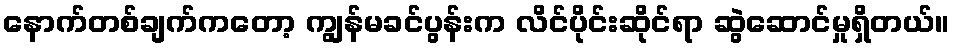
နောက်တစ်ချက်ကတော့ ကျွန်မခင်ပွန်းက လိင်ပိုင်းဆိုင်ရာ ဆွဲဆောင်မှုရှိတယ်။